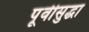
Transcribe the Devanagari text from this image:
पूर्वीसुद्धा